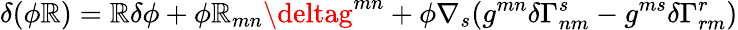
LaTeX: \delta(\phi\mathbb{R})=\mathbb{R}\delta\phi+\phi\mathbb{R}_{mn}\deltag^{mn}+\phi\nabla_{s}(g^{mn}\delta\Gamma_{nm}^{s}-g^{ms}\delta\Gamma_{rm}^{r})